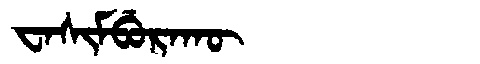
Manchu: ᠸᠠᠰᡳᠮᠪᡠᡵᠠᡴᡡ
Romanization: WASIMBURAKŪ